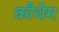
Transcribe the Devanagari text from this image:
कौथेम